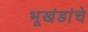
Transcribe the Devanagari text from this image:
भूखंडांचे